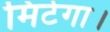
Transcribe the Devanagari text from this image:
मिटेगा।